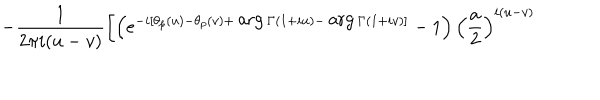
- \frac { 1 } { 2 \pi i ( u - v ) } \left[ \left( e ^ { - i [ \theta _ { p } ( u ) - \theta _ { p } ( v ) + \mathrm { a r g } \, \Gamma ( 1 + i u ) - \mathrm { a r g } \, \Gamma ( 1 + i v ) ] } - 1 \right) { \left( \frac { a } { 2 } \right) } ^ { i ( u - v ) } \right.